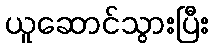
ယူဆောင်သွားပြီး